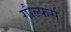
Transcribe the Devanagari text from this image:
गौल्फर्स